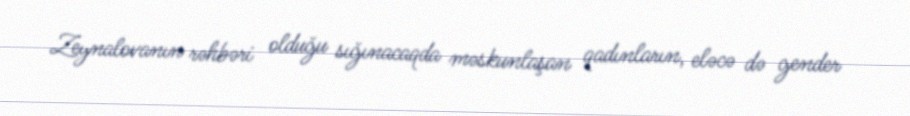
Zeynalovanın rəhbəri olduğu sığınacaqda məskunlaşan qadınların, eləcə də gender